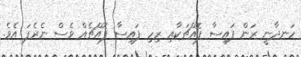
ހަނދާނީ ރަން ފައިސާ ފޮއްޗަކާއި ރިހި ފައިސާ ފޮއްޗެއް ވެސް ނެރެފަ އެވެ.